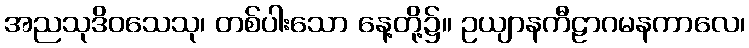
အညသုဒိဝသေသု၊ တစ်ပါးသော နေ့တို့၌။ ဥယျာနကီဠာဂမနကာလေ၊